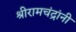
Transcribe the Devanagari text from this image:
श्रीरामचंद्रांनी